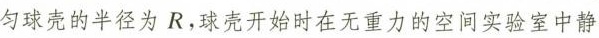
匀球壳的半径为R，球壳开始时在无重力的空间实验室中静